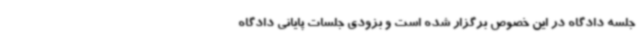
جلسه دادگاه در این خصوص برگزار شده است و بزودی جلسات پایانی دادگاه